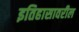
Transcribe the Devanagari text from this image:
इतिहासावरील